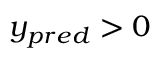
y _ { p r e d } > 0